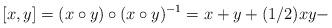
LaTeX: \begin{align*}[x,y]= (x \circ y) \circ (x \circ y)^{-1}=x+y+ (1/2)xy -\end{align*}